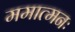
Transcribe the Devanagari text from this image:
ममात्मनः